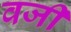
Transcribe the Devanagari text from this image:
वजी